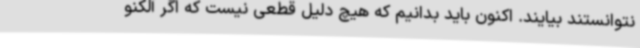
نتوانستند بیایند. اکنون باید بدانیم که هیچ دلیل قطعی نیست که اگر آلکنو